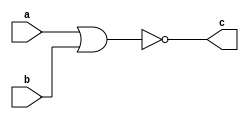
`timescale 1ns / 1ps
//////////////////////////////////////////////////////////////////////////////////
// Company: 
// Engineer: 
// 
// Design Name: 
// Module Name: norgate
// Project Name: 
// Target Devices: 
// Tool Versions: 
// Description: 
// 
// Dependencies: 
// 
// Revision:
// Revision 0.01 - File Created
// Additional Comments:
// 
//////////////////////////////////////////////////////////////////////////////////


module norgate
#(parameter WIDTH=8)
	(
	input[(WIDTH-1):0] a,
	input[(WIDTH-1):0] b,
	output[(WIDTH-1):0] c);

	assign c= ~(a | b);
endmodule